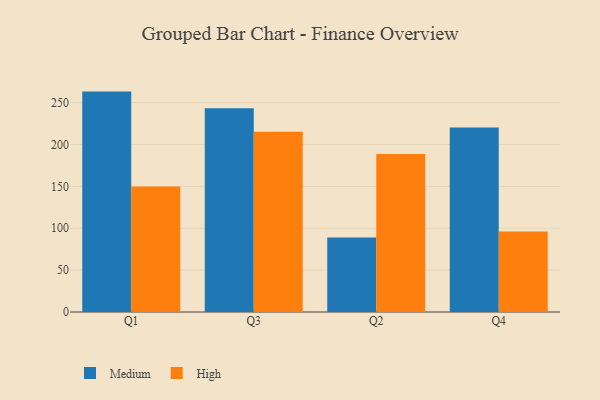
{"axis": {"x": "Quarter", "y": "LTV (USD)"}, "legend": ["High", "Medium"], "data": [{"x": "Q1", "y": 263.2, "type": "Medium"}, {"x": "Q1", "y": 150.0, "type": "High"}, {"x": "Q3", "y": 243.3, "type": "Medium"}, {"x": "Q3", "y": 215.3, "type": "High"}, {"x": "Q2", "y": 89.0, "type": "Medium"}, {"x": "Q2", "y": 188.8, "type": "High"}, {"x": "Q4", "y": 220.4, "type": "Medium"}, {"x": "Q4", "y": 96.2, "type": "High"}]}